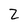
Character: 2